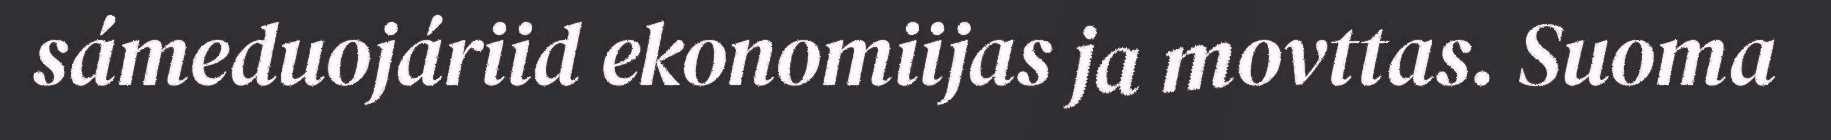
sámeduojáriid ekonomiijas ja movttas. Suoma